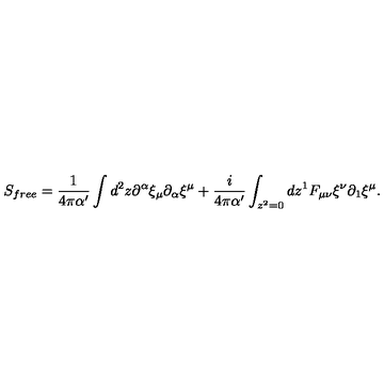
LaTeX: S _ { f r e e } = \frac { 1 } { 4 \pi \alpha ^ { \prime } } \int d ^ { 2 } z \partial ^ { \alpha } \xi _ { \mu } \partial _ { \alpha } \xi ^ { \mu } + \frac { i } { 4 \pi \alpha ^ { \prime } } \int _ { z ^ { 2 } = 0 } d z ^ { 1 } F _ { \mu \nu } \xi ^ { \nu } \partial _ { 1 } \xi ^ { \mu } .